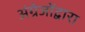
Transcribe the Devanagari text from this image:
अंग्रेजोंद्वारा